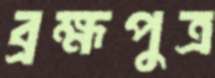
ব্রহ্মপুত্র